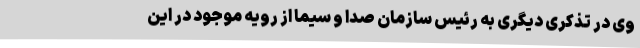
وی در تذکری دیگری به رئیس سازمان صدا و سیما از رویه موجود در این